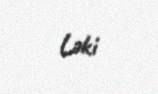
Ləki